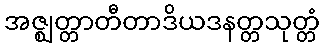
အဇ္ဈတ္တာတီတာဒိယဒနတ္တသုတ္တံ